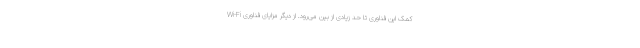
کمک این فناوری تا حد زیادی از بین می‌رود. از دیگر مزایای فناوری Wi-Fi